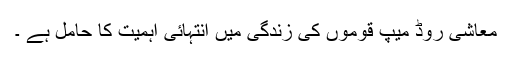
معاشی روڈ میپ قوموں کی زندگی میں انتہائی اہمیت کا حامل ہے ۔